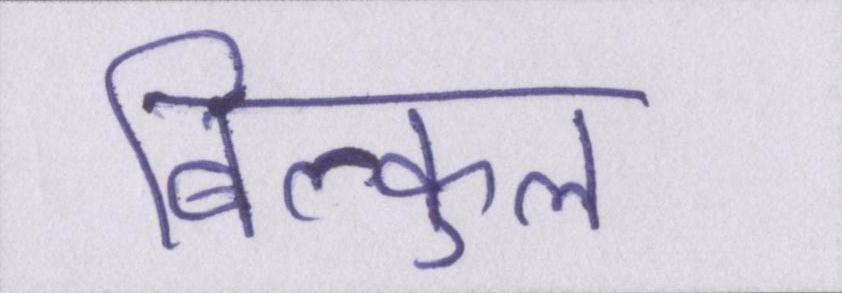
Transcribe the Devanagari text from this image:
बिल्कुल